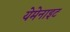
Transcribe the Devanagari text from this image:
येमेनाइट